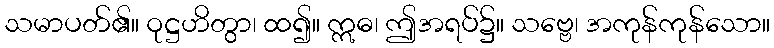
သမာပတ်၏။ ဝုဋ္ဌဟိတွာ၊ ထ၍။ ဣဓ၊ ဤအရပ်၌။ သဗ္ဗေ၊ အကုန်ကုန်သော။